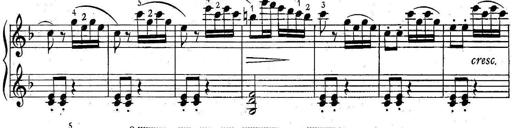
Title: 6 Easy Sonatinas
Composer: Carl Czerny